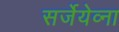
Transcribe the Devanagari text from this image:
सर्जेयेव्ना